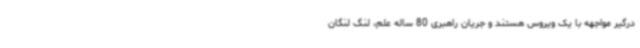
درگیر مواجهه با یک ویروس هستند و جریان راهبری 80 ساله علم، لنگ لنگان